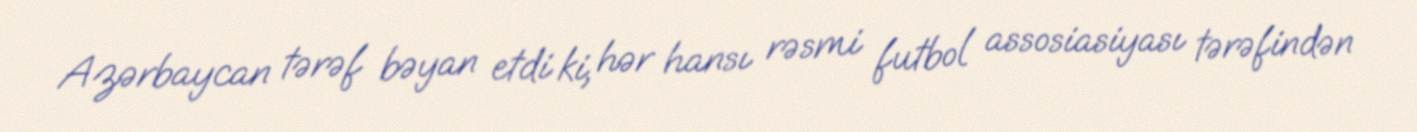
Azərbaycan tərəf bəyan etdi ki, hər hansı rəsmi futbol assosiasiyası tərəfindən